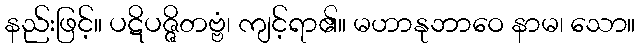
နည်းဖြင့်။ ပဋိပဇ္ဇိတဗ္ဗံ၊ ကျင့်ရာ၏။ မဟာနုဘာဝေ နာမ၊ သော။